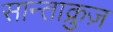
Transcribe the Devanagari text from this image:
सान्ताक्रुज़